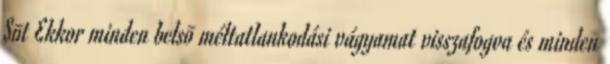
Sõt Ekkor minden belsõ méltatlankodási vágyamat visszafogva és minden